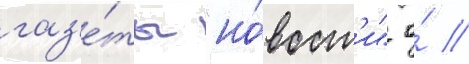
газ'е́ты "но́вост'и" о́ //